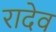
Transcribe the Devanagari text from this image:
रादेव